Statistics compiled by the Government of India from the reports of provincial Civil Veterinary Departments
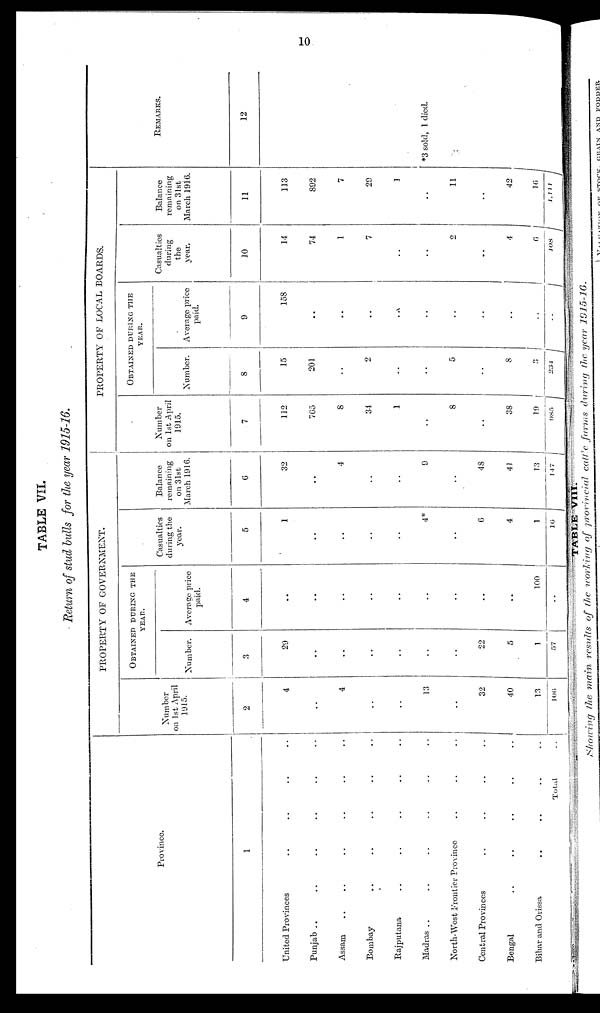
10
TABLE VII.
Return of stud bulls for the year 1915-16.
Province.
1
United Provinces .. .. .. ..
Punjab .. .. .. .. .. ..
Assam .. .. .. .. .. ..
Bombay .. .. .. .. ..
Rajputana .. .. .. .. ..
Madras .. .. .. .. .. ..
North-West Frontier Province .. .. ..
Central Provinces .. .. .. ..
Bengal
..
..
..
..
..
Bihar and Orissa .. .. .. ..
Total ..
PROPERTY OF GOVERNMENT.
Number
on 1st April
1915.
2
4
..
4
..
..
13
..
32
40
13
106
OBTAINED DURING THE
YEAR.
Number.
3
29
..
..
..
..
..
..
22
5
1
57
Average price
paid.
4
..
..
..
..
..
..
..
..
..
100
..
Casualties
during the
year.
5
1
..
..
..
..
4*
..
6
4
1
16
Balance
remaining
on 31st
March 1916.
6
32
..
4
..
..
9
..
48
41
13
147
PROPERTY OF LOCAL BOARDS.
Number
on 1st April
1915.
7
112
765
8
34
1
..
8
..
38
19
985
OBTAINED DURING THE
YEAR.
Number.
8
15
201
..
2
..
..
5
..
8
3
234
Average price
paid.
9
158
..
..
..
..
..
..
..
..
..
..
Casualties
during
the
year.
10
14
74
1
7
..
..
2
..
4
6
108
Balance
remaining
on 31st
March 1916.
11
113
892
7
29
1
..
11
..
42
16
1,111
REMARKS.
12
*3 sold, 1 died.